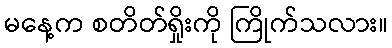
မနေ့က စတိတ်ရှိုးကို ကြိုက်သလား။